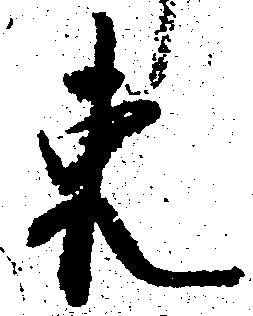
東